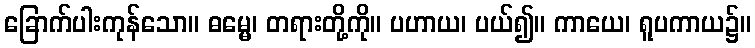
ခြောက်ပါးကုန်သော။ ဓမ္မေ၊ တရားတို့ကို။ ပဟာယ၊ ပယ်၍။ ကာယေ၊ ရူပကာယ၌။